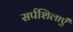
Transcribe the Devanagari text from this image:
सर्पशिलाएँ